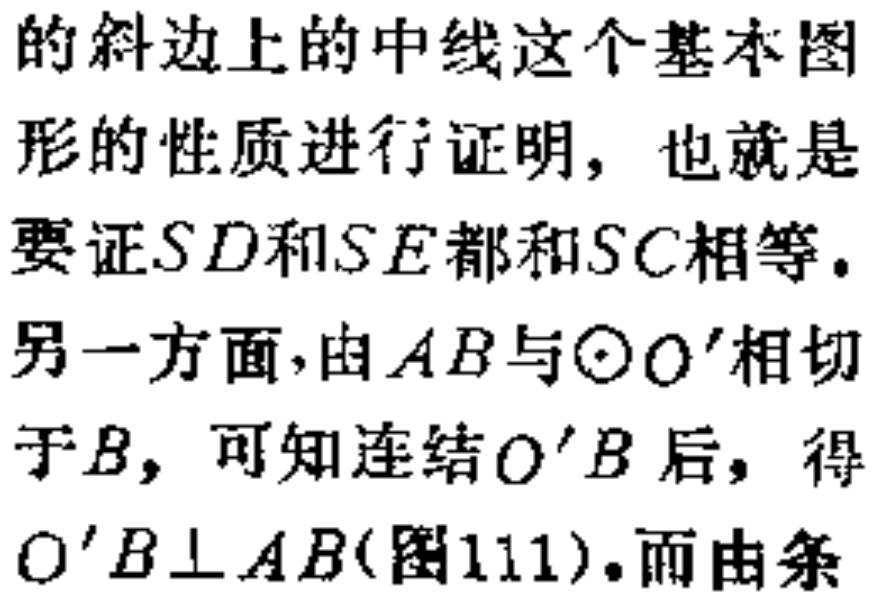
的斜边上的中线这个基本图

形的性质进行证明，也就是

要证\(SD\)和\(SE\)都和\(SC\)相等.

另一方面,由\(AB\)与\(\odot O'\)相切

于\(B\)，可知连结\(O'B\)后，得

\(O'B\perp AB\)(图111).而由条